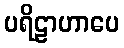
ပရိဠာဟာပေ